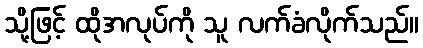
သို့ဖြင့် ထိုအလုပ်ကို သူ လက်ခံလိုက်သည်။